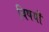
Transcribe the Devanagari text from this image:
विषयॊ